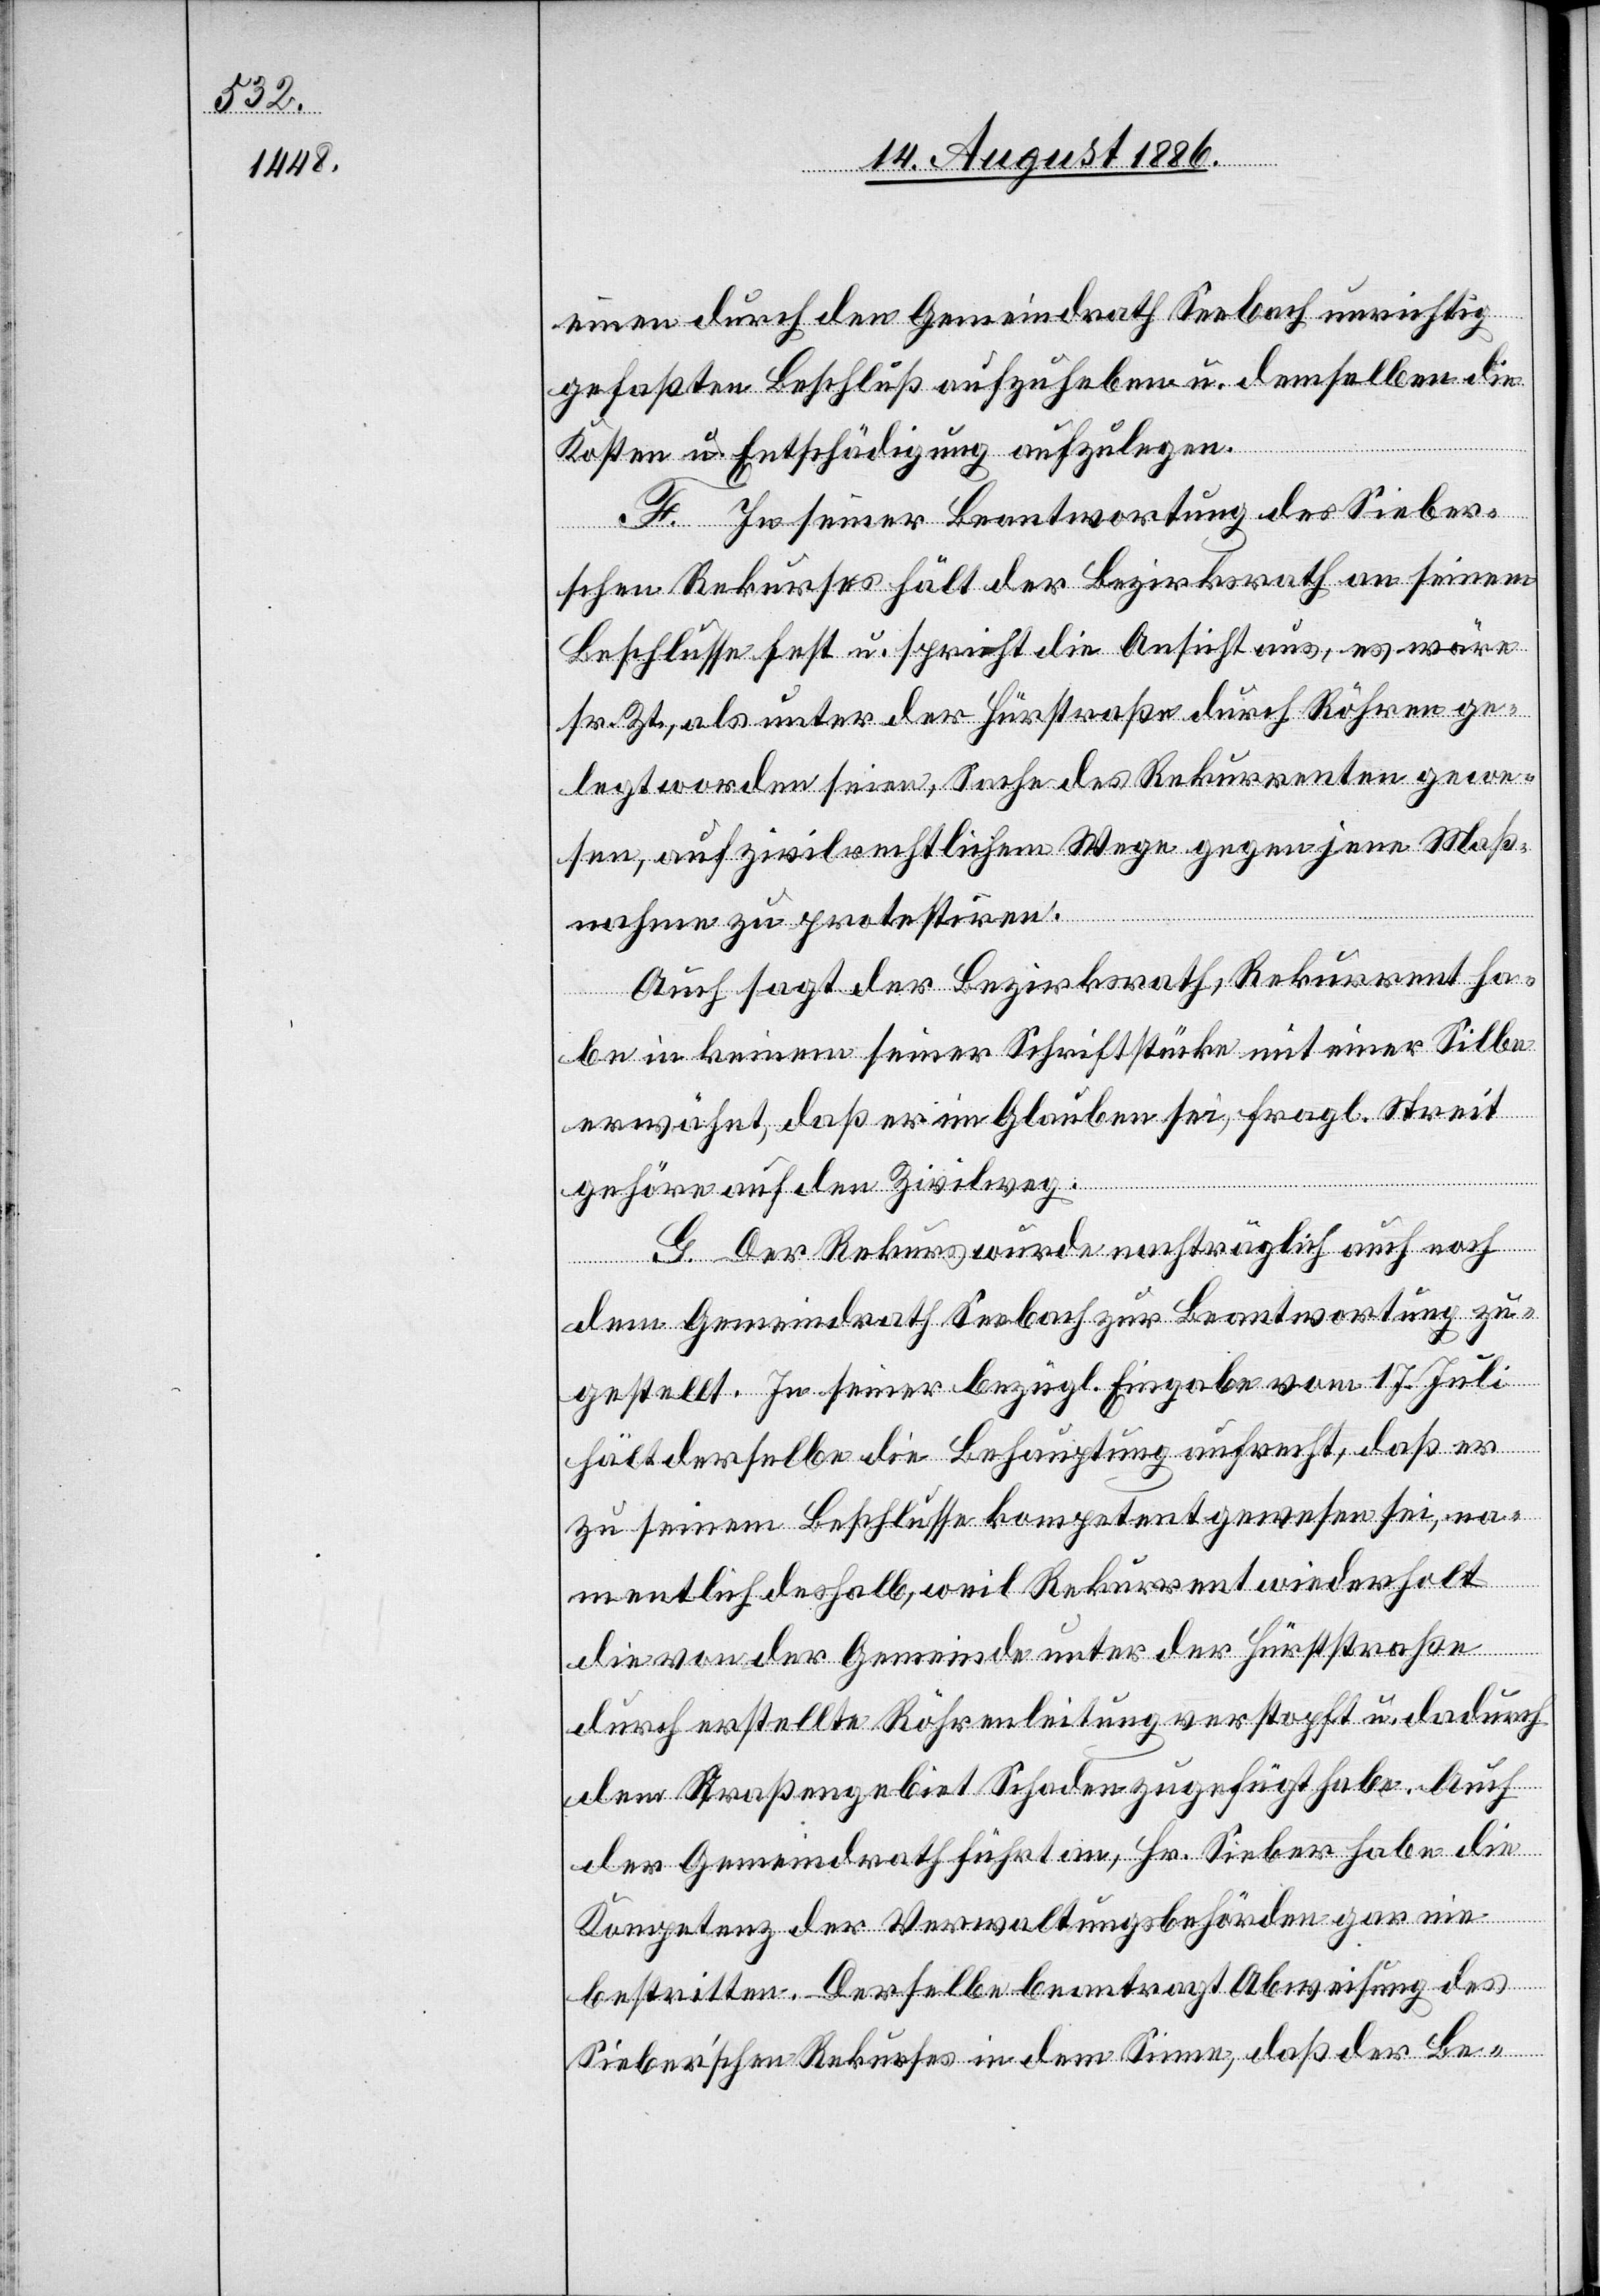
einen durch den Gemeindrath Seebach unrichtig
gefaßten Beschluß aufzuheben u. demselben die
Kosten u. Entschädigung aufzulegen.
F. In seiner Beantwortung des Sieber¬
schen Rekurses hält der Bezirksrath an seinem
Beschlusse fest u. spricht die Ansicht aus, es wäre
sr. Zt., als unter der Hürststraße durch Röhren ge¬
legt worden seien, Sache des Rekurrenten gewe¬
sen, auf zivilrechtlichem Wege gegen jene Maß¬
nahme zu protestiren.
Auch sagt der Bezirksrath, Rekurrent ha¬
be in keinem seiner Schriftstücke mit einer Silbe
erwähnt, daß er im Glauben sei, fragl. Streit
gehöre auf den Zivilweg.
G. Der Rekurs wurde nachträglich auch noch
dem Gemeindrath Seebach zur Beantwortung zu¬
gestellt. In seiner bezügl. Eingabe vom 17. Juli
hält derselbe die Behauptung aufrecht, daß er
zu seinem Beschlusse kompetent gewesen sei, na¬
mentlich deshalb, weil Rekurrent wiederholt
die von der Gemeinde unter der Hürststraße
durch erstellte Röhrenleitung verstopft u. dadurch
dem Straßengebiet Schaden zugefügt habe. Auch
der Gemeindrath führt an, Hr. Sieber habe die
Kompetenz der Verwaltungsbehörden gar nie
bestritten. Derselbe beantragt Abweisung des
Sieberʼschen Rekurses in dem Sinne, daß der Be-